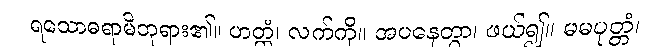
ရသောဓရာမိဘုရား၏။ ဟတ္ထံ၊ လက်ကို။ အပနေတွာ၊ ဖယ်၍။ မမပုတ္တံ၊